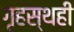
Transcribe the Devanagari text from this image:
गृहस्थही